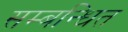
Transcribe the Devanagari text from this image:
सम्‍बन्‍धित